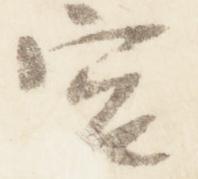
宮